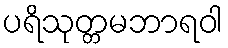
ပရိသုတ္တမဘာရဝါ